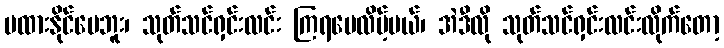
မထားနိုင်ပေဘူး၊ သုတ်သင်ရှင်းလင်း ကြရပေလိမ့်မယ်၊ အဲဒီလို သုတ်သင်ရှင်းလင်းလိုက်တော့